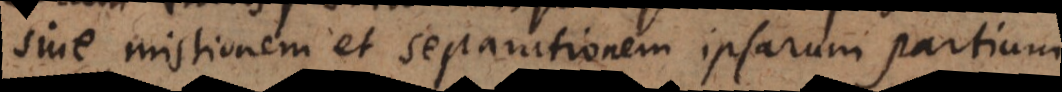
sive mistionem et separationem ipsarum partium